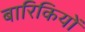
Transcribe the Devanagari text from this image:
बारिकियों